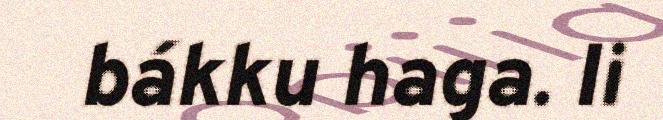
bákku haga. Ii